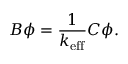
B \phi = \frac { 1 } { k _ { \mathrm { e f f } } } C \phi .